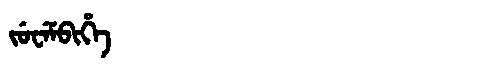
Manchu: ᠵᡠᠸᡝᠮᠪᡳᡥᡝ
Romanization: JUWEMBIHE